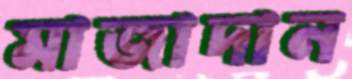
মাজাদান